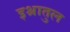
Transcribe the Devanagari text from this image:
इश्रातुल